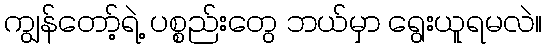
ကျွန်တော့်ရဲ့ ပစ္စည်းတွေ ဘယ်မှာ ရွေးယူရမလဲ။